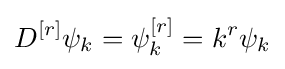
D^{[r]}\psi _{k}=\psi _{k}^{[r]}=k^{r}\psi _{k}